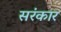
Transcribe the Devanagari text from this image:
सरंकार